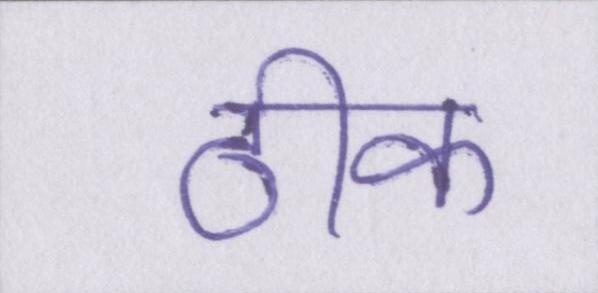
ठीक